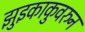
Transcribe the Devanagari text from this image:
झुइकाकुवरुन